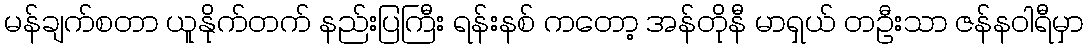
မန်ချက်စတာ ယူနိုက်တက် နည်းပြကြီး ရန်းနစ် ကတော့ အန်တိုနီ မာရှယ် တဦးသာ ဇန်နဝါရီမှာ